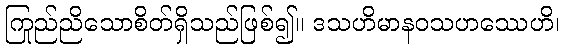
ကြည်ညိုသောစိတ်ရှိသည်ဖြစ်၍။ ဒသဟိမာနဝသဟဿေဟိ၊